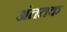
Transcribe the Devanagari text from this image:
अंततक